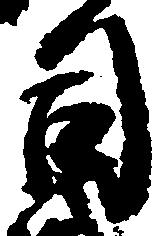
司